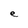
Character: e